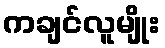
ကချင်လူမျိုး